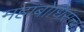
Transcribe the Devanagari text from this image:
महाबोधिसत्त्व।